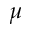
\mu